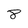
Character: 8